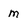
Character: m